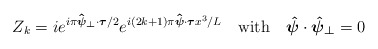
\begin{align*}Z_{k} = i e^{i\pi \mbox{\boldmath$\hat{\scriptstyle\psi}\scriptstyle_{\perp} $}\cdot\mbox{\boldmath$\scriptstyle\tau$}/2} e^{i(2k+1)\pi\mbox{\boldmath$\hat{\scriptstyle\psi} $}\cdot\mbox{\boldmath$\scriptstyle\tau $}x^{3}/L}\quad\mbox{with}\quad\mbox{\boldmath$\hat{\psi}$}\cdot\mbox{\boldmath$\hat{\psi}_{\perp}$} =0 \end{align*}